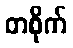
တစိုက်